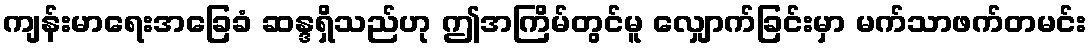
ကျန်းမာရေးအခြေခံ ဆန္ဒရှိသည်ဟု ဤအကြိမ်တွင်မူ လျှောက်ခြင်းမှာ မက်သာဖက်တမင်း